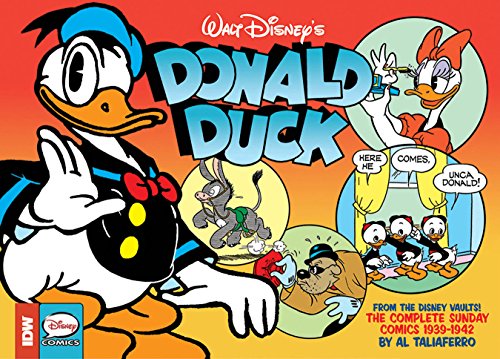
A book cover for Walt Disney's Donald Duck: The Sunday Newspaper Comics Volume 1; Bob Karp; Comics & Graphic Novels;